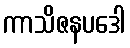
ကာသိဇနပဒေါ